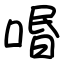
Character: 㗃